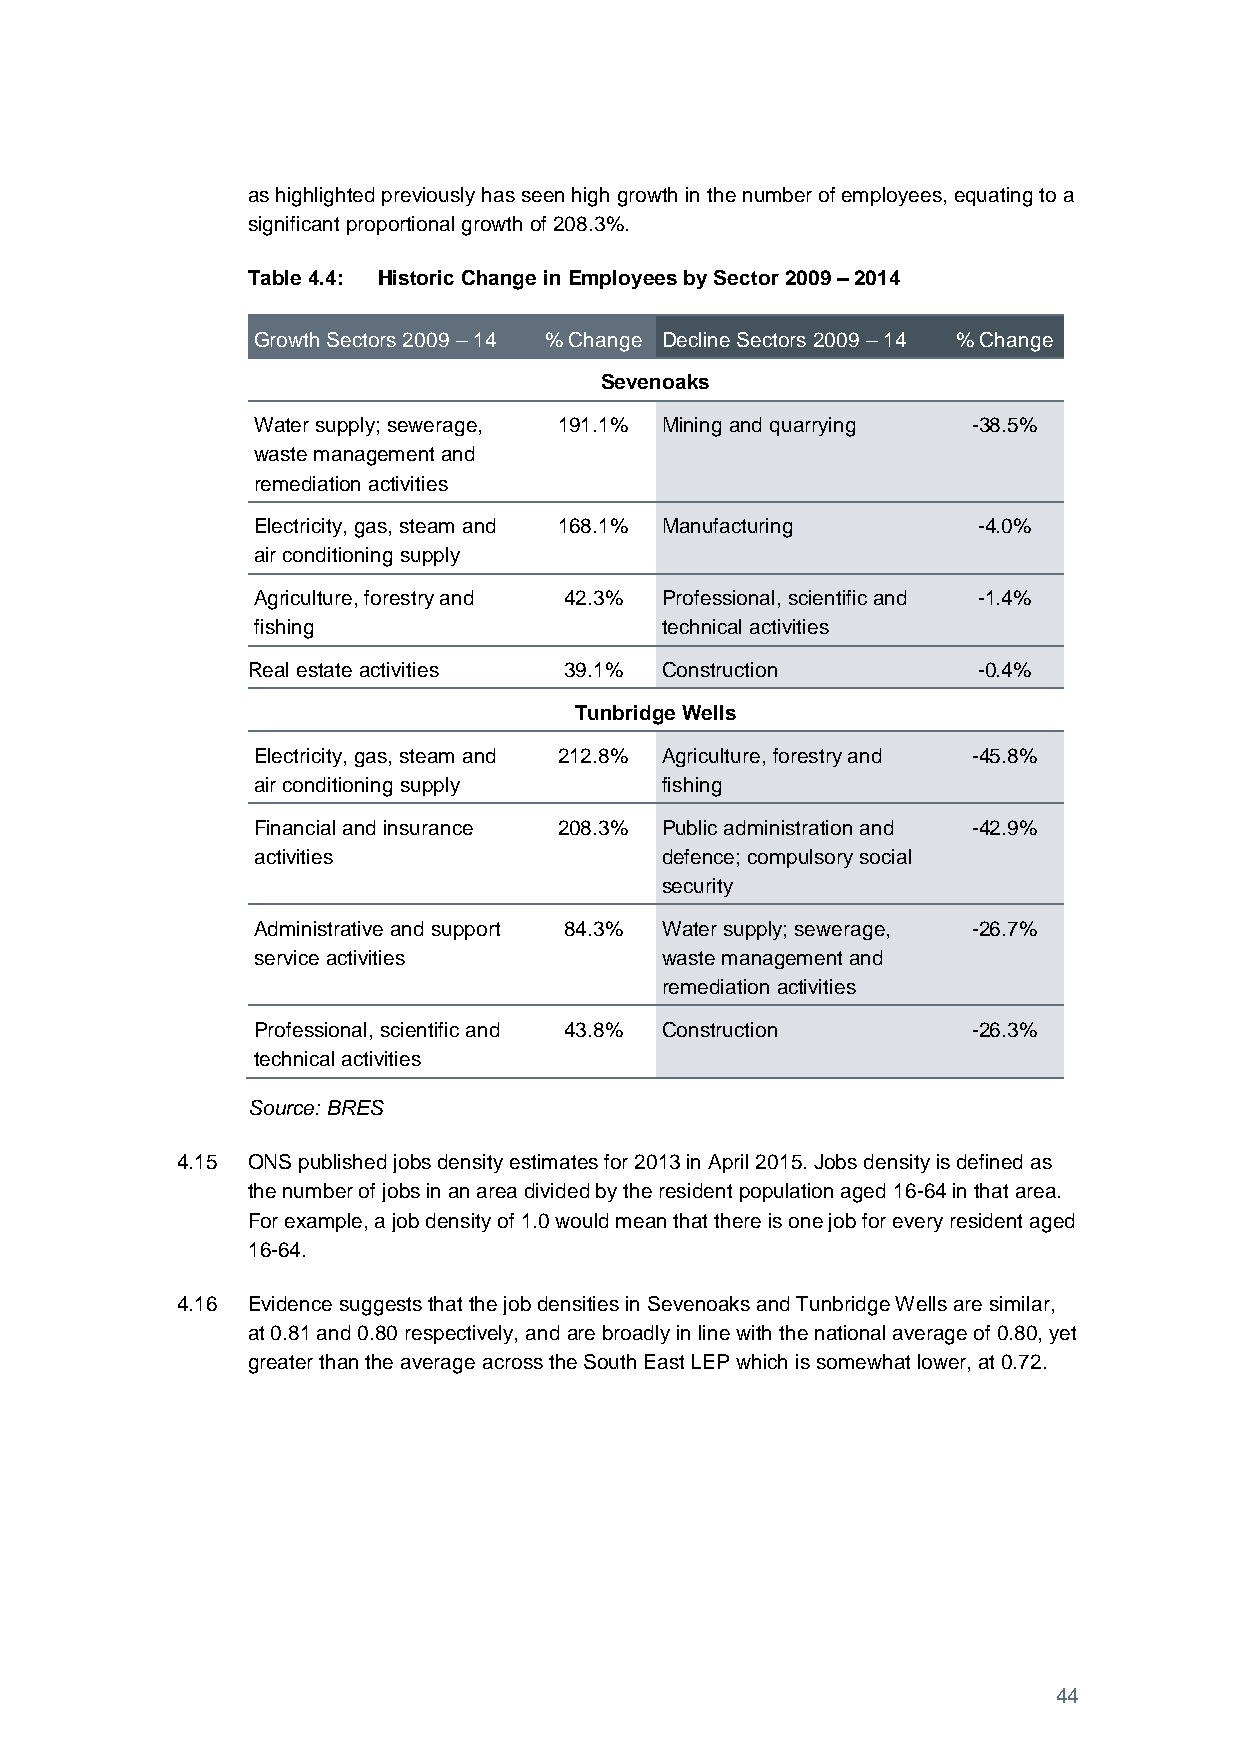
as highlighted previously has seen high growth in the number of employees, equating to a
 significant proportional growth of 208.3%.
 Table 4.4: Historic Change in Employees by Sector 2009 – 2014
 Growth Sectors 2009 – 14 % Change Decline Sectors 2009 – 14 % Change
 Sevenoaks
 Water supply; sewerage, 191.1% Mining and quarrying -38.5%
 waste management and
 remediation activities
 Electricity, gas, steam and 168.1% Manufacturing -4.0%
 air conditioning supply
 Agriculture, forestry and 42.3% Professional, scientific and -1.4%
 fishing                    technical activities
 Real estate activities 39.1% Construction        -0.4%
 Tunbridge Wells
 Electricity, gas, steam and 212.8% Agriculture, forestry and -45.8%
 air conditioning supply    fishing
 Financial and insurance 208.3% Public administration and -42.9%
 activities                 defence; compulsory social
 security
 Administrative and support 84.3% Water supply; sewerage, -26.7%
 service activities         waste management and
 remediation activities
 Professional, scientific and 43.8% Construction -26.3%
 technical activities
 Source: BRES
 4.15 ONS published jobs density estimates for 2013 in April 2015. Jobs density is defined as
 the number of jobs in an area divided by the resident population aged 16-64 in that area.
 For example, a job density of 1.0 would mean that there is one job for every resident aged
 16-64.
 4.16 Evidence suggests that the job densities in Sevenoaks and Tunbridge Wells are similar,
 at 0.81 and 0.80 respectively, and are broadly in line with the national average of 0.80, yet
 greater than the average across the South East LEP which is somewhat lower, at 0.72.
 44